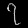
Digit: ၇